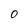
Character: O